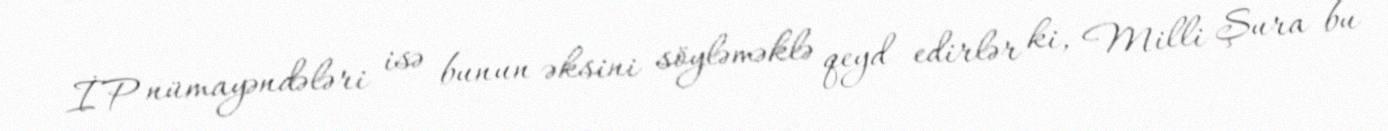
İP nümayəndələri isə bunun əksini söyləməklə qeyd edirlər ki, Milli Şura bu